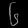
Digit: ၆